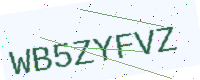
Text: WB5ZYFVZ